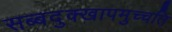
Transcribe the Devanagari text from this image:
सब्बदुक्खापमुच्चति